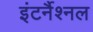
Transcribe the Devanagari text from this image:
इंटर्नैश्नल